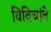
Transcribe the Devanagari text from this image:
विविच्यंते